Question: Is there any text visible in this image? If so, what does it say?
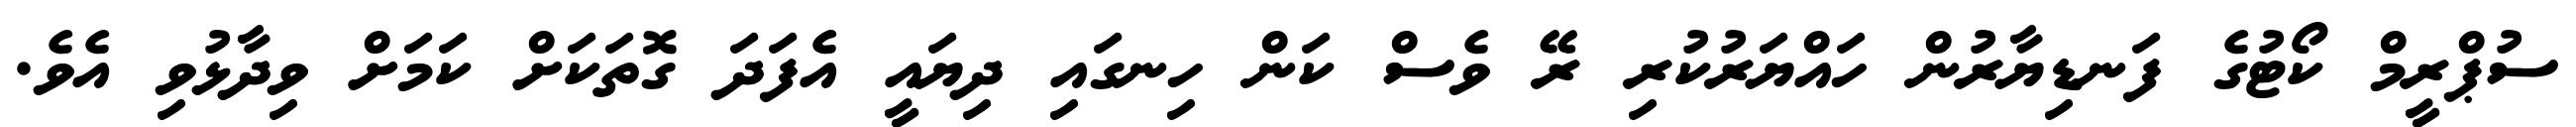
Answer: ސުޕްރީމް ކޯޓުގެ ފަނޑިޔާރުން ހައްޔަރުކުރި ރޭ ވެސް ކަން ހިނގައި ދިޔައީ އެފަދަ ގޮތަކަށް ކަމަށް ވިދާޅުވި އެވެ.